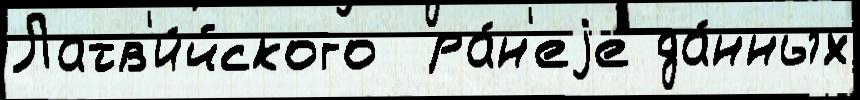
Латв'и́йского  ра́н'еjе да́нных